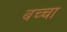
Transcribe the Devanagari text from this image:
बच्‍चा